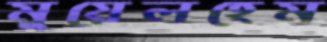
মুয়েলহেম